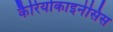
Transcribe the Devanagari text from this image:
कैरियोकाइनेसिस